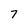
Character: 7